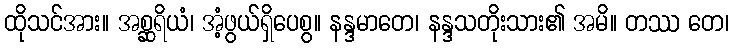
ထိုသင်အား။ အစ္ဆရိယံ၊ အံ့ဖွယ်ရှိပေစွ။ နန္ဒမာတေ၊ နန္ဒသတိုးသား၏ အမိ။ တဿ တေ၊